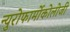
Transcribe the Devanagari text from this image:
न्युरोफार्मोकोलोजी